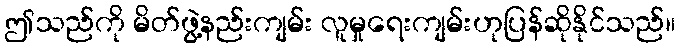
ဤသည်ကို မိတ်ဖွဲ့နည်းကျမ်း လူမှုရေးကျမ်းဟုပြန်ဆိုနိုင်သည်။